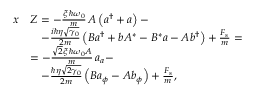
\begin{array} { r l } { x } & { Z = - \frac { \xi \, \hslash \omega _ { 0 } } { m } \, A \left( a ^ { \dag } + a \right) - } \\ & { \quad - \frac { i \hslash \eta \sqrt { \gamma _ { 0 } } } { 2 m } \left( B a ^ { \dag } + b A ^ { * } - B ^ { * } a - A b ^ { \dag } \right) + \frac { F _ { s } } { m } = } \\ & { = - \frac { \sqrt 2 \xi \, \hslash \omega _ { 0 } A } { m } \, a _ { a } - } \\ & { \quad - \frac { \hslash \eta \sqrt { 2 \gamma _ { 0 } } } { 2 m } \left( B a _ { \phi } - A b _ { \phi } \right) + \frac { F _ { s } } { m } , } \end{array}